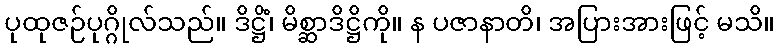
ပုထုဇဉ်ပုဂ္ဂိုလ်သည်။ ဒိဋ္ဌိံ၊ မိစ္ဆာဒိဋ္ဌိကို။ န ပဇာနာတိ၊ အပြားအားဖြင့် မသိ။